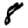
Digit: 8